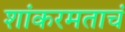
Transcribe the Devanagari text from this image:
शांकरमताचं